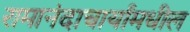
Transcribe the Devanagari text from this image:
रामानंदाचार्यांमधील